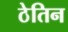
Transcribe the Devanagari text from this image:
ठेतिन